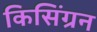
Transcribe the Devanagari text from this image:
किसिंग्रन